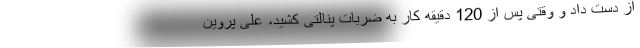
از دست داد و وقتی پس از 120 دقیقه کار به ضربات پنالتی کشید، علی پروین